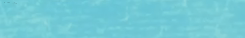
تأجير الدراجات الهوائية ل